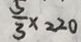
\frac { 5 } { 3 } x = 2 0